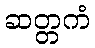
ဆတ္တကံ